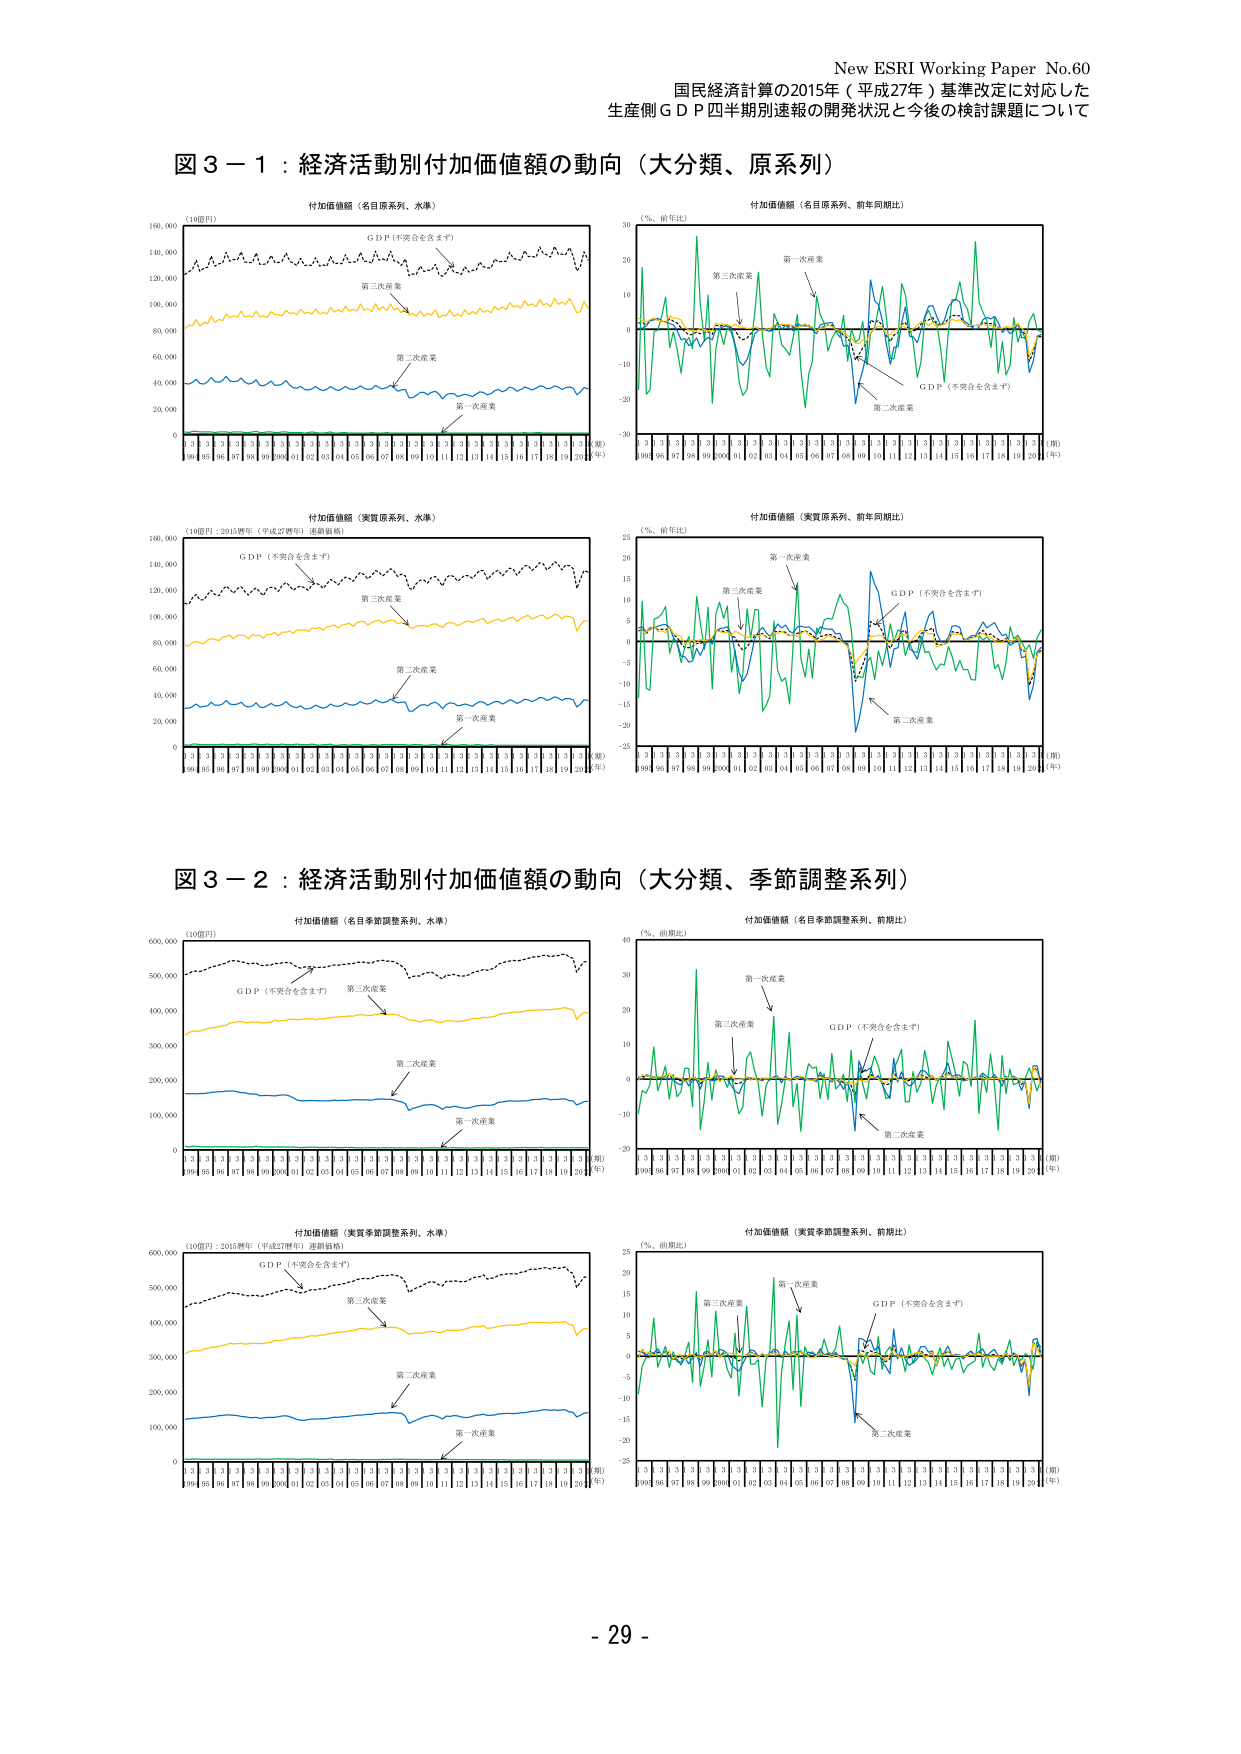
New ESRI Working Paper No.60
国民経済計算の2015年（平成27年）基準改定に対応した
生産側ＧＤＰ四半期別速報の開発状況と今後の検討課題について

図３－１：経済活動別付加価値額の動向（大分類、原系列）

付加価値額（名目原系列、水準）
（10億円）
GDP（不突合を含まず）
第三次産業
第二次産業
第一次産業
（期）
96 97 98 99 00 01 02 03 04 05 06 07 08 09 10 11 12 13 14 15 16 17 18 19 20（年）

付加価値額（名目原系列、前年同期比）
（％、前年比）
第一次産業
第三次産業
第二次産業
GDP（不突合を含まず）
（期）
96 97 98 99 00 01 02 03 04 05 06 07 08 09 10 11 12 13 14 15 16 17 18 19 20（年）

付加価値額（実質原系列、水準）
（10億円：2015暦年（平成27暦年）連鎖価格）
GDP（不突合を含まず）
第三次産業
第二次産業
第一次産業
（期）
96 97 98 99 00 01 02 03 04 05 06 07 08 09 10 11 12 13 14 15 16 17 18 19 20（年）

付加価値額（実質原系列、前年同期比）
（％、前年比）
第一次産業
第三次産業
第二次産業
GDP（不突合を含まず）
（期）
96 97 98 99 00 01 02 03 04 05 06 07 08 09 10 11 12 13 14 15 16 17 18 19 20（年）

図３－２：経済活動別付加価値額の動向（大分類、季節調整系列）

付加価値額（名目季節調整系列、水準）
（10億円）
GDP（不突合を含まず）
第三次産業
第二次産業
第一次産業
（期）
96 97 98 99 00 01 02 03 04 05 06 07 08 09 10 11 12 13 14 15 16 17 18 19 20（年）

付加価値額（名目季節調整系列、前期比）
（％、前期比）
第一次産業
第三次産業
第二次産業
GDP（不突合を含まず）
（期）
96 97 98 99 00 01 02 03 04 05 06 07 08 09 10 11 12 13 14 15 16 17 18 19 20（年）

付加価値額（実質季節調整系列、水準）
（10億円：2015暦年（平成27暦年）連鎖価格）
GDP（不突合を含まず）
第三次産業
第二次産業
第一次産業
（期）
96 97 98 99 00 01 02 03 04 05 06 07 08 09 10 11 12 13 14 15 16 17 18 19 20（年）

付加価値額（実質季節調整系列、前期比）
（％、前期比）
第一次産業
第三次産業
第二次産業
GDP（不突合を含まず）
（期）
96 97 98 99 00 01 02 03 04 05 06 07 08 09 10 11 12 13 14 15 16 17 18 19 20（年）

- 29 -